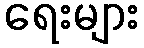
ရေးများ